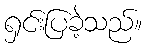
ရှင်းပြခဲ့သည်။